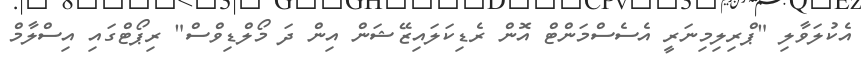
އެކުލަވާލި "ޕްރިލިމިނަރީ އެސެސްމަންޓް އޮން ރެޑިކަލައިޒޭޝަން އިން ދަ މޯލްޑިވްސް" ރިޕޯޓްގައި އިސްލާމް